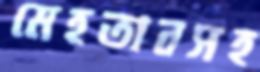
মেহতাবসহ